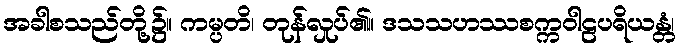
အခါစသည်တို့၌။ ကမ္ပတိ၊ တုန်လှုပ်၏။ ဒသသဟဿစက္ကဝါဠပရိယန္တံ၊